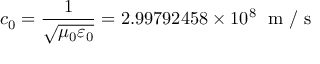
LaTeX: c _ { 0 } = { \frac { 1 } { \sqrt { \mu _ { 0 } \varepsilon _ { 0 } } } } = 2 . 9 9 7 9 2 4 5 8 \times 1 0 ^ { 8 } \; { \textrm { m / s } }